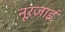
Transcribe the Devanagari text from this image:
नूरज़ाई